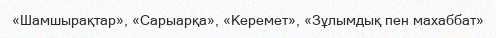
«Шамшырақтар», «Сарыарқа», «Керемет», «Зұлымдық пен махаббат»